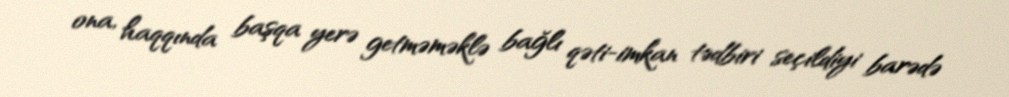
ona, haqqında başqa yerə getməməklə bağlı qəti-imkan tədbiri seçildiyi barədə